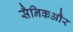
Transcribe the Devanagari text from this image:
सैनिकऔर